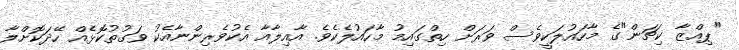
"ޕިއްޒާ ކިޗަން"ގެ މާހައުލަކީވެސް ވަރަށް ހިތްގައިމު މާހައުލެކެވެ. އާއިލާއާ އެކުވެރިންނާއެކު ވަގުތުކޮޅެއް ހޭދަކޮށްލާ